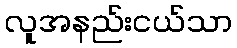
လူအနည်းငယ်သာ